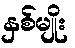
နှစ်မျိုး